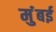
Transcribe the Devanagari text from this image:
मुंंबई